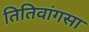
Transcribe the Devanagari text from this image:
तितिवांगसा